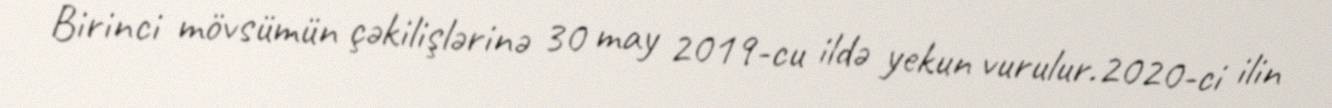
Birinci mövsümün çəkilişlərinə 30 may 2019-cu ildə yekun vurulur.2020-ci ilin